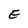
Character: E